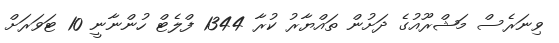
ވިނަރެސް މަޝްރޫއުގެ ދަށުން ތައްޔާރު ކުރާ 1344 ފްލެޓް ހުންނާނީ 10 ޓަވަރަށް